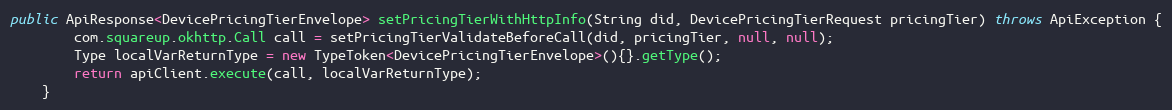
Language: Java
public ApiResponse<DevicePricingTierEnvelope> setPricingTierWithHttpInfo(String did, DevicePricingTierRequest pricingTier) throws ApiException {
        com.squareup.okhttp.Call call = setPricingTierValidateBeforeCall(did, pricingTier, null, null);
        Type localVarReturnType = new TypeToken<DevicePricingTierEnvelope>(){}.getType();
        return apiClient.execute(call, localVarReturnType);
    }